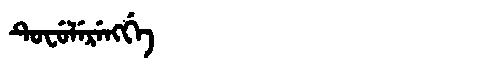
Manchu: ᡨᡠᠸᡠᠯᡝᡵᡝᠩᡤᡝ
Romanization: TUFULERENGGE